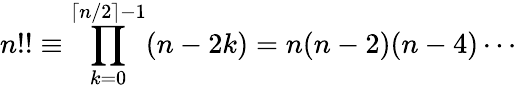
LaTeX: n!!\equiv\prod_{k=0}^{\lceil n/2\rceil-1}(n-2k)=n(n-2)(n-4)\cdots